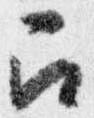
召